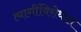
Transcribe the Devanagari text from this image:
त्यागींविरोधात